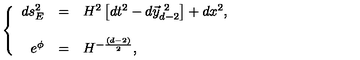
\left\{ \begin{array} { r c l } { d s _ { E } ^ { 2 } } & { = } & { H ^ { 2 } \left[ d t ^ { 2 } - d \vec { y } _ { d - 2 } ^ { \ 2 } \right] + d x ^ { 2 } , } \\ { } & { } & { } \\ { e ^ { \phi } } & { = } & { H ^ { - \frac { ( d - 2 ) } { 2 } } , } \\ \end{array} \right.